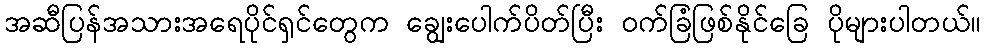
အဆီပြန်အသားအရေပိုင်ရှင်တွေက ချွေးပေါက်ပိတ်ပြီး ဝက်ခြံဖြစ်နိုင်ခြေ ပိုများပါတယ်။